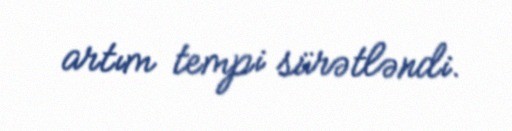
artım tempi sürətləndi.